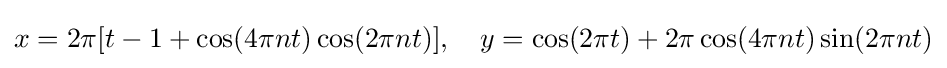
x=2\pi [t-1+\cos(4\pi nt)\cos(2\pi nt)],\quad y=\cos(2\pi t)+2\pi \cos(4\pi nt)\sin(2\pi nt)